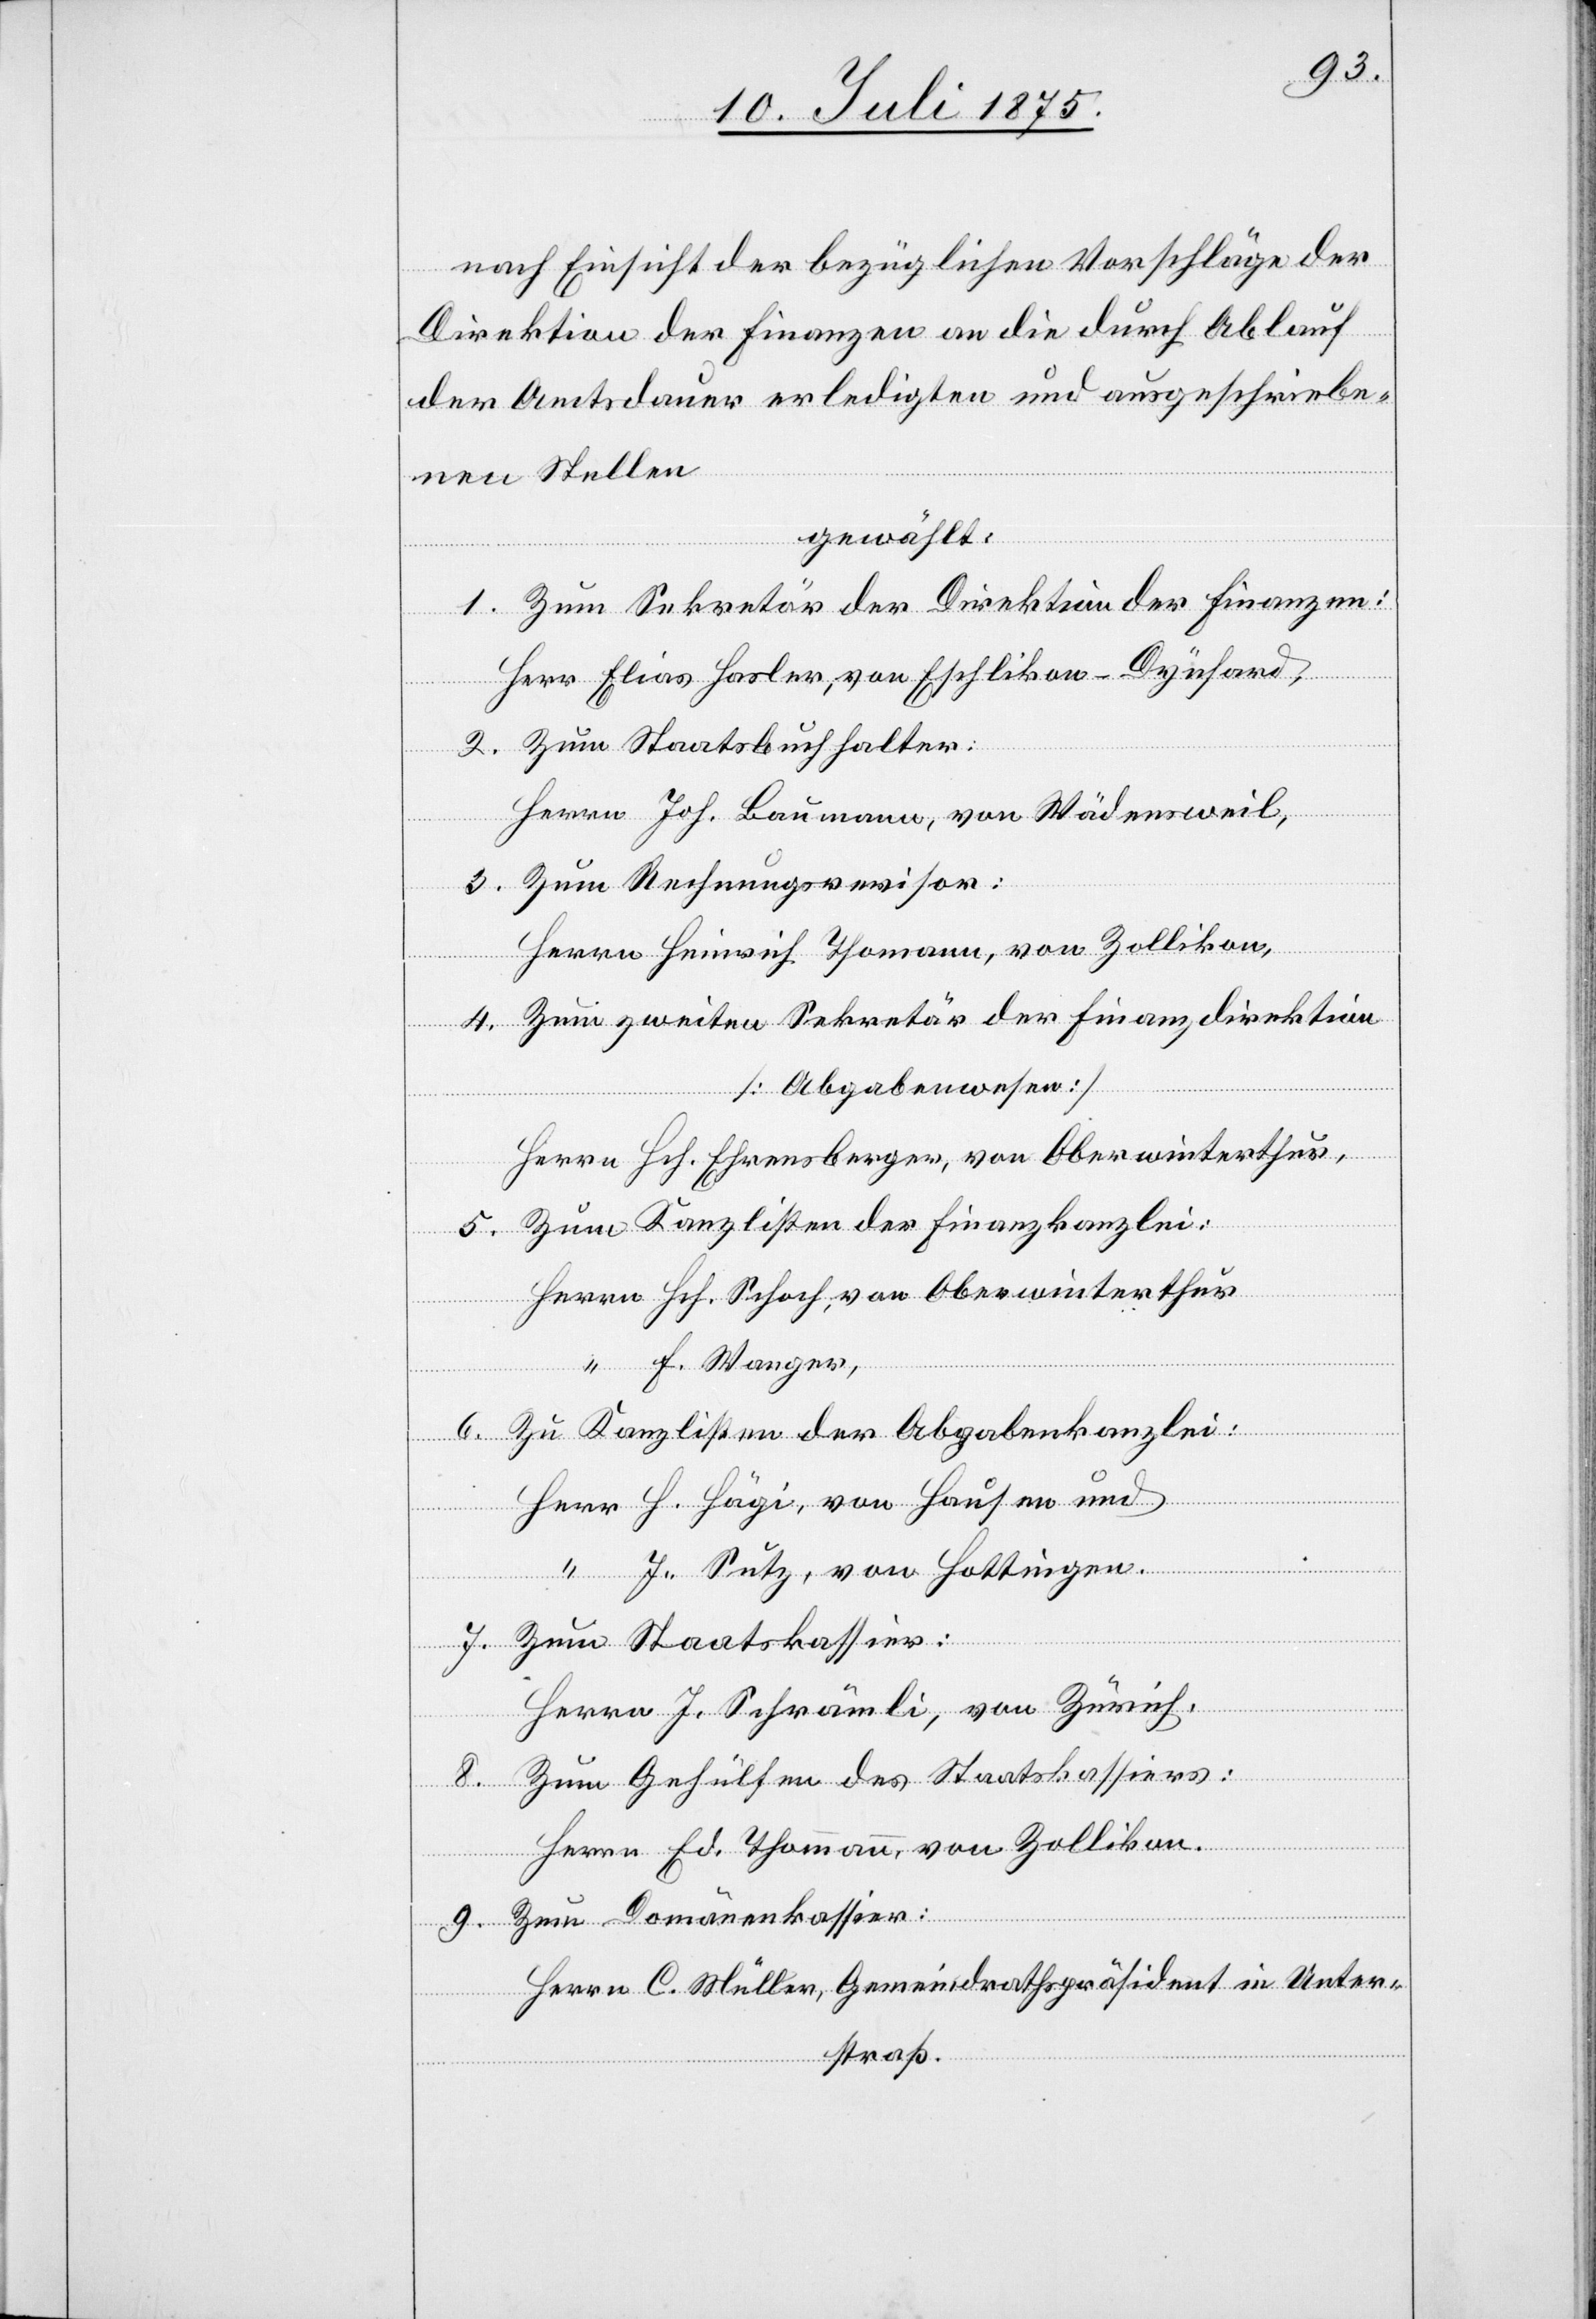
Herrn
nach Einsicht der bezüglichen Vorschläge der
Direktion der Finanzen an die durch Ablauf
der Amtsdauer erledigten und ausgeschriebe¬
nen Stellen
gewählt:
1. Zum Sekretär der Direktion der Finanzen:
Herr Elias Hasler, von Eschlikon - Dynhard,
2. Zum Staatsbuchhalter:
Herrn Joh. Baumann, von Wädensweil,
3. Zum Rechnungsrevisor:
Herrn Heinrich Thomann, von Zollikon,
4. Zum zweiten Sekretär der Finanzdirektion,
[Abgabenwesen]
Herrn Hch. Ehrensberger, von Oberwinterthur,
5. Zum Kanzlisten der Finanzkanzlei:
Herrn Hch. Schoch, von Oberwinterthur
hung¬
“ F. Wanger,
6. Zu Kanzlisten der Abgabenkanzlei:
Herr H. Hägi, von Hausen und
Thomann,
“ J. Sutz, von Hottingen.
7. Zum Staatskassier:
Herrn J. Schrämli, von Zürich.
Zum Gehülfen des Staatskassiers:
lik¬
on.
9. Zum Domänenkassier:
Herrn C. Müller, Gemeindrathspräsident in Unter¬
straß.